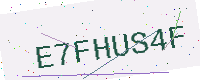
Text: E7FHUS4F